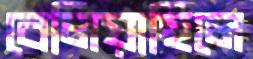
বেলিয়াছিলে